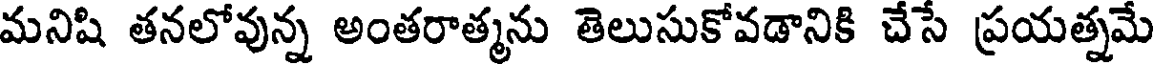
మనిషి తనలోవున్న అంతరాత్మను తెలుసుకోవడానికి చేసే ప్రయత్నమే